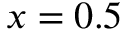
x = 0 . 5